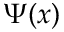
\Psi ( x )